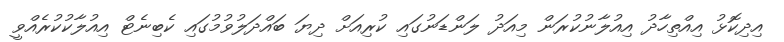
އިދިކޮޅު އިއްތިހާދު އިއުލާނުކުރަން މިއަދު ލަންޑަނުގައި ކުރިއަށް ދިޔަ ބައްދަލުވުމުގައި ކެބިނެޓް އިއުލާކުކުރެއްވީ